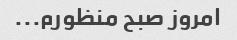
امروز صبح منظورم...